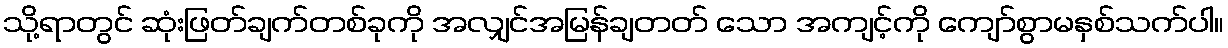
သို့ရာတွင် ဆုံးဖြတ်ချက်တစ်ခုကို အလျှင်အမြန်ချတတ် သော အကျင့်ကို ကျော်စွာမနှစ်သက်ပါ။